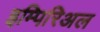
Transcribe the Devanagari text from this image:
इम्पिरिअल